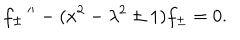
LaTeX: f _ { \pm } \, ^ { \prime \prime } - ( x ^ { 2 } - \lambda ^ { 2 } \pm 1 ) f _ { \pm } = 0 .